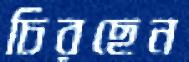
চিরছেন